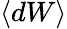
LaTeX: \langle dW\rangle